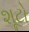
શૂટો